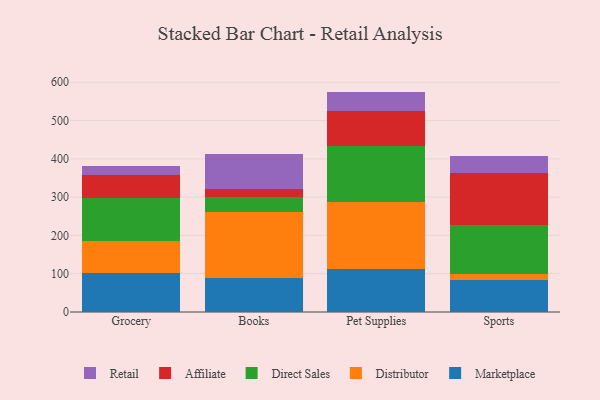
{"axis": {"x": "Category", "y": "Page Views"}, "legend": ["Affiliate", "Direct Sales", "Distributor", "Marketplace", "Retail"], "data": [{"x": "Grocery", "y": 102.9, "type": "Marketplace"}, {"x": "Grocery", "y": 82.1, "type": "Distributor"}, {"x": "Grocery", "y": 111.5, "type": "Direct Sales"}, {"x": "Grocery", "y": 60.7, "type": "Affiliate"}, {"x": "Grocery", "y": 23.2, "type": "Retail"}, {"x": "Books", "y": 87.7, "type": "Marketplace"}, {"x": "Books", "y": 174.0, "type": "Distributor"}, {"x": "Books", "y": 39.9, "type": "Direct Sales"}, {"x": "Books", "y": 19.8, "type": "Affiliate"}, {"x": "Books", "y": 90.2, "type": "Retail"}, {"x": "Pet Supplies", "y": 111.1, "type": "Marketplace"}, {"x": "Pet Supplies", "y": 175.4, "type": "Distributor"}, {"x": "Pet Supplies", "y": 148.1, "type": "Direct Sales"}, {"x": "Pet Supplies", "y": 90.6, "type": "Affiliate"}, {"x": "Pet Supplies", "y": 50.4, "type": "Retail"}, {"x": "Sports", "y": 83.5, "type": "Marketplace"}, {"x": "Sports", "y": 15.5, "type": "Distributor"}, {"x": "Sports", "y": 127.5, "type": "Direct Sales"}, {"x": "Sports", "y": 137.6, "type": "Affiliate"}, {"x": "Sports", "y": 43.0, "type": "Retail"}]}